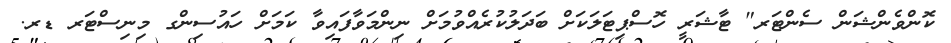
ކޮންވެންޝަން ސެންޓަރ" ޓާޝަރީ ހޮސްޕިޓަލަކަށް ބަދަލުކުރެއްވުމަށް ނިންމަވާފައިވާ ކަމަށް ހައުސިންގ މިނިސްޓަރ ޑރ.